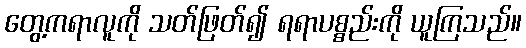
တွေ့ကရာလူကို သတ်ဖြတ်၍ ရရာပစ္စည်းကို ယူကြသည်။